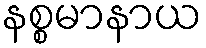
နစ္စမာနာယ